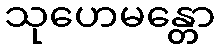
သုဟေမန္တော